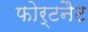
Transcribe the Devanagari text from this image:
फोर्टनैट